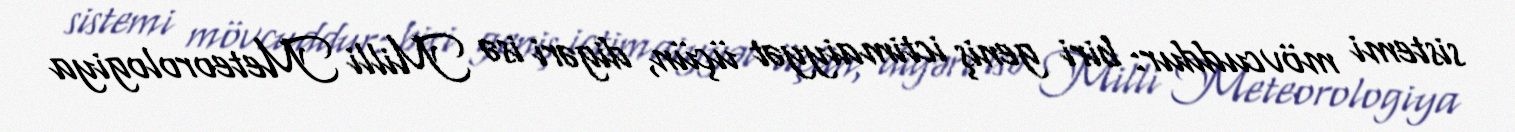
sistemi mövcuddur: biri geniş ictimaiyyət üçün, digəri isə Milli Meteorologiya